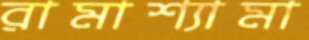
রামাশ্যামা